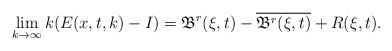
LaTeX: \begin{align*} \lim_{k\rightarrow\infty}k(E(x,t,k)-I)=\mathfrak{B}^r(\xi,t)-\overline{\mathfrak{B}^r(\xi,t)}+R(\xi,t). \end{align*}